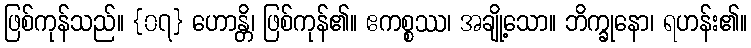
ဖြစ်ကုန်သည်။ {၀၇} ဟောန္တိ၊ ဖြစ်ကုန်၏။ ဧကစ္စဿ၊ အချို့သော။ ဘိက္ခုနော၊ ရဟန်း၏။